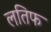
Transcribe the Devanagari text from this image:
लतिफ